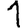
Digit: 1